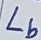
Text: Lb